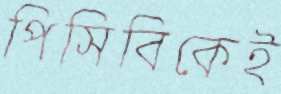
পিসিবিকেই